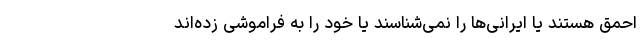
احمق هستند یا ایرانی‌ها را نمی‌شناسند یا خود را به فراموشی زده‌اند